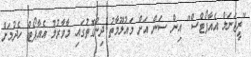
"ރީޖަނަލް އެއާޕޯޓްސް" އިން ސަން އަށް މައުލޫމާތު ދިންގޮތުގައި މާވާރުލު އެއާޕޯޓް ހެދުމަށް